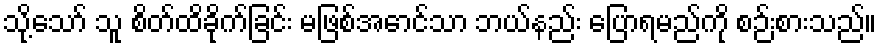
သို့သော် သူ စိတ်ထိခိုက်ခြင်း မဖြစ်အောင်သာ ဘယ်နည်း ပြောရမည်ကို စဉ်းစားသည်။